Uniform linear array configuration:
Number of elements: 32
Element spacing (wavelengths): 1
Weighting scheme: exponential
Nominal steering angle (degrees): -15
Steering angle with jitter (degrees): -13.968
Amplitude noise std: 0.05
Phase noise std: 0.05

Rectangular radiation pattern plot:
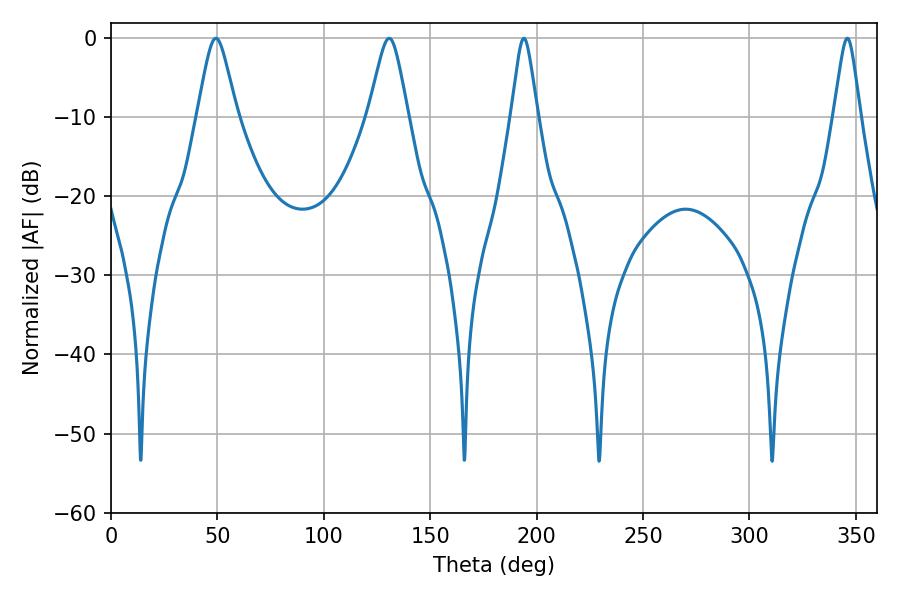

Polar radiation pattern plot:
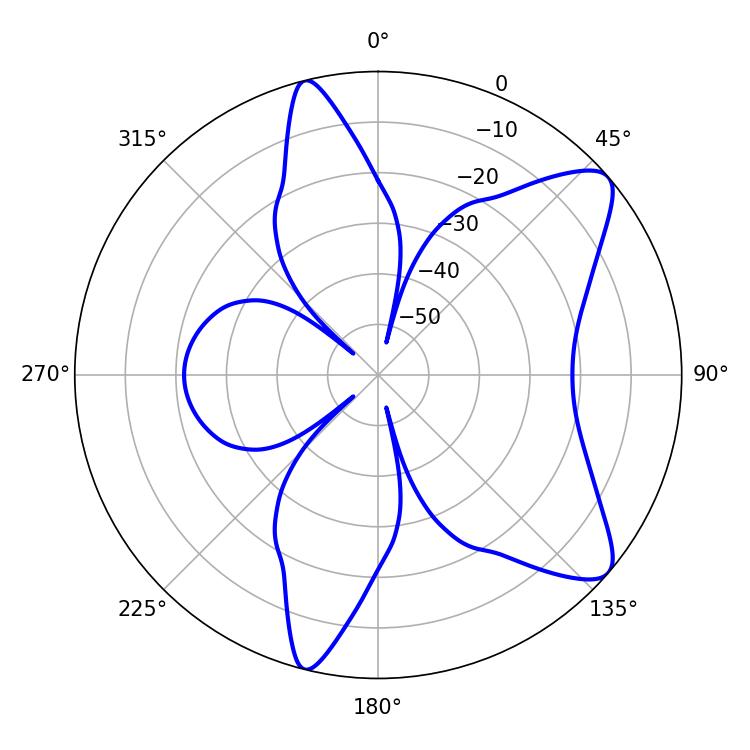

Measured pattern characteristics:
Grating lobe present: TRUE
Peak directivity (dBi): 9.374
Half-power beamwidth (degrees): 8.82
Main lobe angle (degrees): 49.32